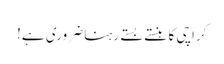
کراچی کا ہنستے بستے رہنا ضروری ہے!